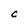
Character: C